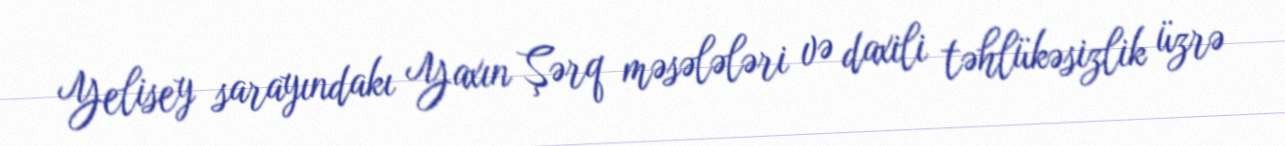
Yelisey sarayındakı Yaxın Şərq məsələləri və daxili təhlükəsizlik üzrə